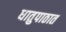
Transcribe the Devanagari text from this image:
धातुपाठात